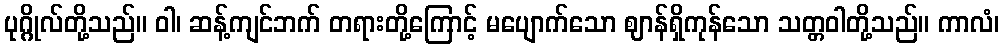
ပုဂ္ဂိုလ်တို့သည်။ ဝါ၊ ဆန့်ကျင်ဘက် တရားတို့ကြောင့် မပျောက်သော ဈာန်ရှိကုန်သော သတ္တဝါတို့သည်။ ကာလံ၊